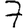
Digit: 7